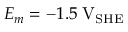
E _ { m } = - 1 . 5 \; \mathrm { V } _ { \mathrm { S H E } }